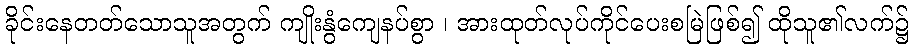
ခိုင်းနေတတ်သောသူအတွက် ကျိုးနွံကျေနပ်စွာ ၊ အားထုတ်လုပ်ကိုင်ပေးစမြဲဖြစ်၍ ထိုသူ၏လက်၌